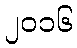
၂၀၁၆